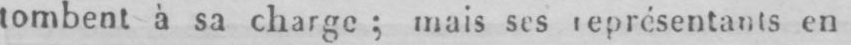
tombent à sa charge; mais ses représentants en